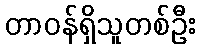
တာဝန်ရှိသူတစ်ဦး